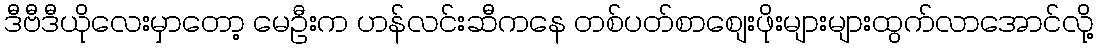
ဒီဗီဒီယိုလေးမှာတော့ မေဦးက ဟန်လင်းဆီကနေ တစ်ပတ်စာစျေးဖိုးများများထွက်လာအောင်လို့